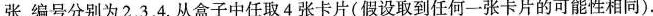
张，编号分别为2，3，4.从盒子中任取4张卡片(假设取到任何一张卡片的可能性相同).